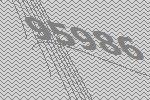
95986